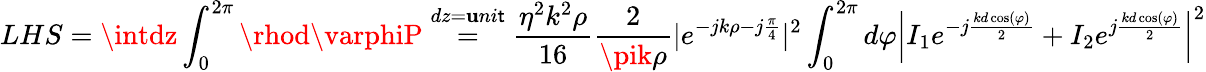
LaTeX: LHS=\intdz\int_{0}^{2\pi}\rhod\varphiP\stackrel{dz=\mathbf{u}ni\mathsf{t}}{=}\frac{{\eta^{2}k^{2}\rho}}{{16}}\frac{{2}}{{\pik\rho}}|e^{-jk\rho-j\frac{{\pi}}{{4}}}|^{2}\int_{0}^{2\pi}d\varphi\left|I_{1}e^{-j\frac{{kd\cos(\varphi)}}{{2}}}+I_{2}e^{j\frac{{kd\cos(\varphi)}}{{2}}}\right|^{2}